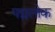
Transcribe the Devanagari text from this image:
पद्मलोक